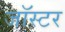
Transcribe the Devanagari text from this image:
जॉस्टर